Annual statistical returns and brief notes on vaccination in Bengal - 1909-1929
Year: 1909
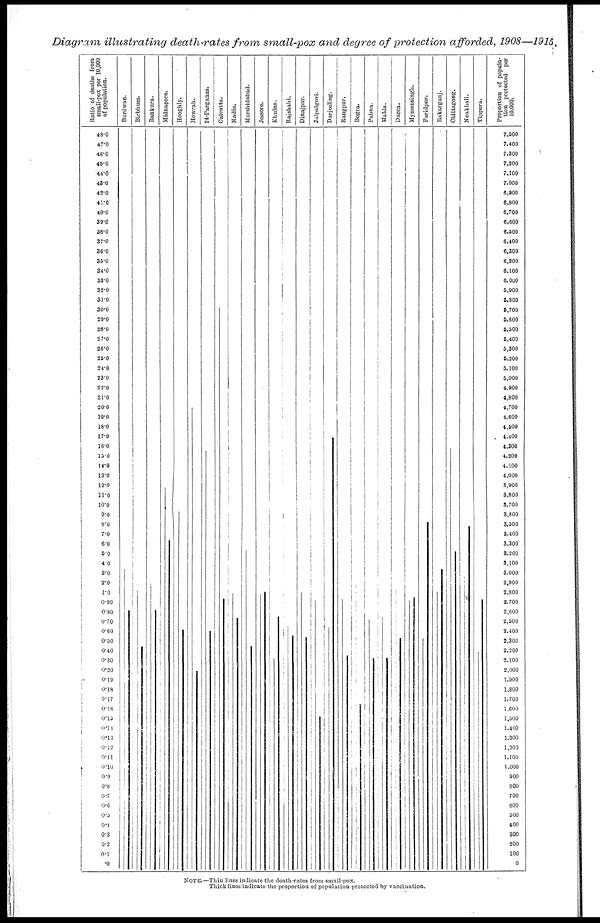
Diagram illustrating death-rates from small-pox and degree of protection afforded, 1908—1915.
NOTE.—Thin lines indicate the death-rates from small-pox.
Thick lines indicate the proportion of population protected by vaccination.